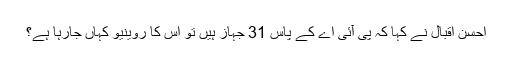
احسن اقبال نے کہا کہ پی آئی اے کے پاس 31 جہاز ہیں تو اس کا روینیو کہاں جارہا ہے؟